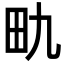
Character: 𪽇